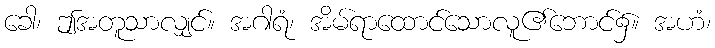
ခေါ၊ ဤအတူသာလျှင်။ အဂါရံ၊ အိမ်ရာထောင်သောလူ၏ဘောင်၌။ အဟံ၊